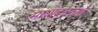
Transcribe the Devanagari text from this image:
माधोदासोतों